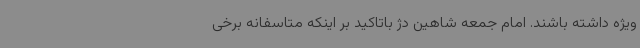
ویژه داشته باشند. امام جمعه شاهین دژ باتاکید بر اینکه متاسفانه برخی